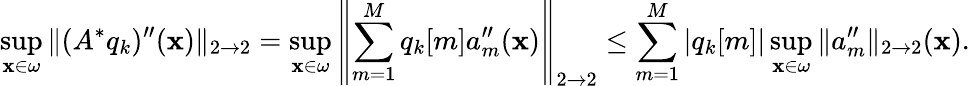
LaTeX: \operatorname*{sup}_{\mathbf{x}\in\omega}\| (A^{*}q_{k})^{\prime\prime}(\mathbf{x})\| _{2\to2}=\operatorname*{sup}_{\mathbf{x}\in\omega}\left\| \sum_{m=1}^{M}q_{k}[m]a_{m}^{\prime\prime}(\mathbf{x})\right\| _{2\to2}\leq\sum_{m=1}^{M}|q_{k}[m]|\operatorname*{sup}_{\mathbf{x}\in\omega}\| a_{m}^{\prime\prime}\| _{2\to2}(\mathbf{x}).